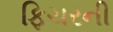
ફિચરની